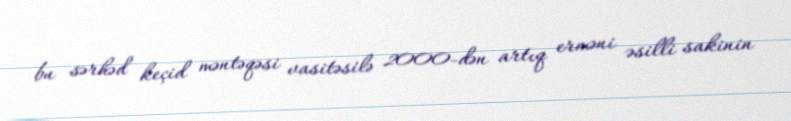
bu sərhəd keçid məntəqəsi vasitəsilə 2000-dən artıq erməni əsilli sakinin